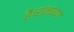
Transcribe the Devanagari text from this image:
है।रामायण